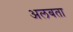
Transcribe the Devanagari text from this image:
अलबता